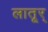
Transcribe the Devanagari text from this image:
लातूर्